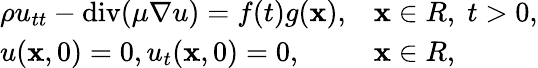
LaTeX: \begin{array}{r}{\begin{array}{ll}{\rho u_{tt}-\mathrm{div}(\mu\nabla u)=f(t)g(\mathbf x),}&{\mathbf x\in R,\; t>0,}\\ {u(\mathbf x,0)=0,u_{t}(\mathbf x,0)=0,}&{\mathbf x\in R,}\end{array}}\end{array}